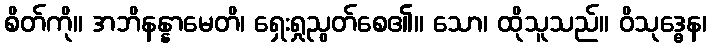
စိတ်ကို။ အဘိနန္နာမေတိ၊ ရှေးရှုညွတ်စေ၏။ သော၊ ထိုသူသည်။ ဝိသုဒ္ဓေန၊